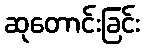
ဆုတောင်းခြင်း